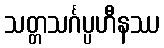
သတ္တသင်္ဂပ္ပဟီနဿ